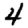
Digit: 4